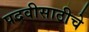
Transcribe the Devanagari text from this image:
पदवीसाठीचे